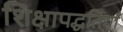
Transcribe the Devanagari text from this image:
शिक्षापद्धतियाँ